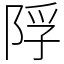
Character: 𨹴